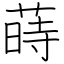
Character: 蒔